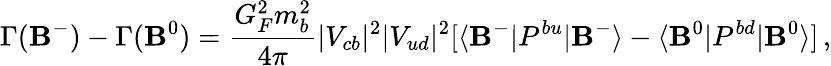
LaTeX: \Gamma(\mathbf{B}^{-})-\Gamma(\mathbf{B}^{0})=\frac{{G_{F}^{2}m_{b}^{2}}}{{4\pi}}|V_{cb}|^{2}|V_{ud}|^{2}[\langle\mathbf{B}^{-}|P^{bu}|\mathbf{B}^{-}\rangle-\langle\mathbf{B}^{0}|P^{bd}|\mathbf{B}^{0}\rangle]\, ,